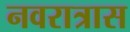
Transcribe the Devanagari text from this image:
नवरात्रास